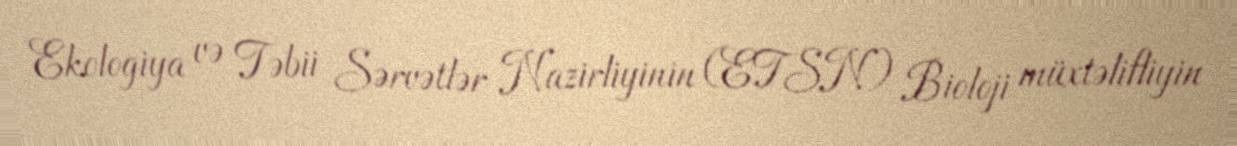
Ekologiya və Təbii Sərvətlər Nazirliyinin (ETSN) Bioloji müxtəlifliyin